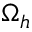
\Omega _ { h }